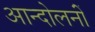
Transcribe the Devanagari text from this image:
आन्दोलनोंं